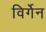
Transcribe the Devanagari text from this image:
विर्गेन